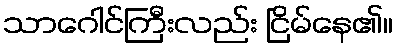
သာဂေါင်ကြီးလည်း ငြိမ်နေ၏။